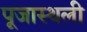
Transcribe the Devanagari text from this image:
पूजास्थली